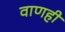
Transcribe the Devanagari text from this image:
वाणही